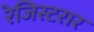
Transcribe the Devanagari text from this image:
रेजिस्टरार